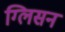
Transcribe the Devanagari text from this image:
ग्लिसन